Report of the Municipal Commissioner on the plague in Bombay for the year ending 31st May... - Volume 3
Disease focus: Plague
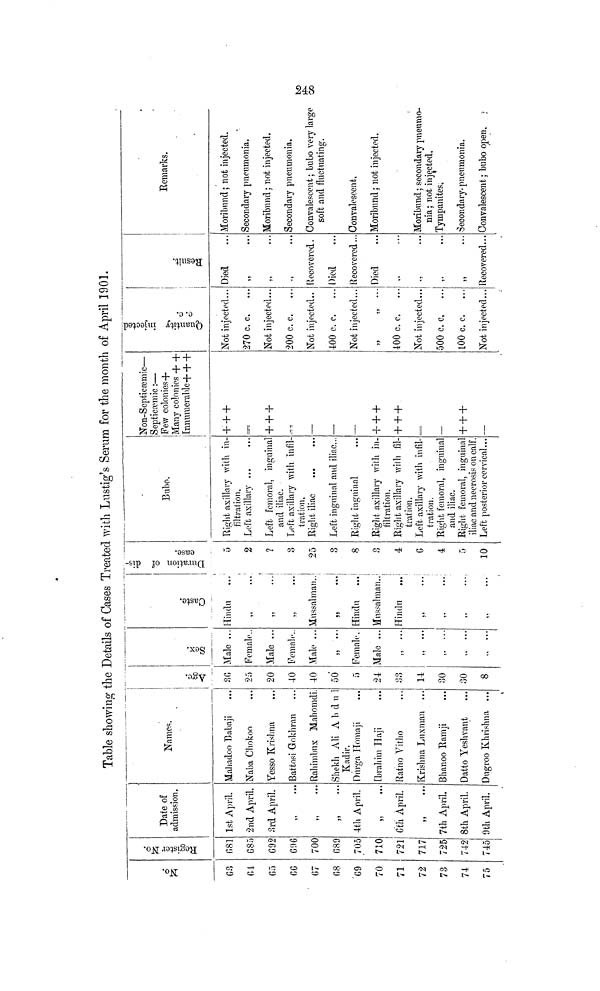
Table showing the Details of Cases Treated with Lustig's Serum for the month of April 1901.
No.
63
fit
65
66
67
68
G9
70
71
72
73
74
75
Register No.
681
G8r
G92
696
700
689
705
710
721
717
725
742
745
Date of
admission.
1st April.
2nd April,
3rd April.
,, ...
,, ...
,, ...
4th April.
6th April.
,,
•••
7th April.
8th April.
9th April.
Names.
Mahadoo Babaji
Naba Chokoo
Yesso Krishna
Battosi Gokhran
Rahimbux Mahomdi
Shekh Ali Abdul
Kadir.
Durga Homaji
Ibrahim Haji
Ratno Vitho
Krishna Luxman ...
Bhanoo Ramji
Datto Yeshvant
Dugroo Khrishna ...
Age.
36
25
20
40
40
50
5
24
33
14
30
30
8
Sex.
Male ...
Female.
Male ...
Female..
Male ...
,, ...
Female.
Male ...
,, «..
,, ...
,.
...
Caste.
Hindu
,, ...
,,
...
,, ...
Mussalman..
,,
...
Hindu
Mussalman..
Hindu
,..
,,
...
,, ...
,, ...
Duration of dis-
ease.
5
2
?
g
25
3
8
r>
ii
4
G
4
5
10
Bubo.
Right axillary with in-
filtration.
Left axillary ...
Left femoral, inguinal
and iliac.
Left axillary with infil-
tration.
Right iliac
Left inguinal and iliac...
Right inguinal
Right axillary with in-
filtration.
Right axillary with fil-
tration.
Left, axillary with infil-
tration.
Right femoral, inguinal
and iliac.
Right femoral, inguinal
iliac and necrosis on calf.
Left posterior cervical...
Non-septicæmic-
Septicæmic :-
Few colonies+
Many colonies++
Innumerable+++
+ + +
===
+ + +
—
—
—
+ + +
+ + +
—
+ + +
—
Quantity injected
c. c.
Not injected...
270 c. c.
...
Not injected...
200 c. c.
Not injected..
400 c. c.
Not injected...
400 c. c.
Not injected...
500 c, c,
100 c. c.
Not injected...
Result.
Died
,,
•••
,, ...
,, ...
Recovered.
Died
Recovered...
Died
...
..
...
,.
...
,,
...
Recovered...
Remarks.
Moribund ; not injected.
Secondary pneumonia.
Moribund ; not injected.
Secondary pneumonia.
Convalescent ; bubo very large
soft and fluctuating.
Convalescent.
Moribund ; not injected.
Moribund ; secondary pneumo-
nia ; not injected,
Tympanites,
Secondary- pneumonia.
Convalescent ; bubo open.
248
CO